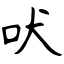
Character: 吠